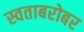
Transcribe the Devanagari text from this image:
स्वताबरोबर